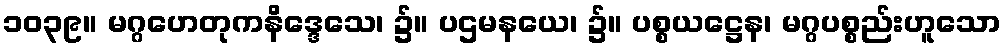
၁၀၃၉။ မဂ္ဂဟေတုကနိဒ္ဒေသေ၊ ၌။ ပဌမနယေ၊ ၌။ ပစ္စယဋ္ဌေန၊ မဂ္ဂပစ္စည်းဟူသော